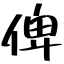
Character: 俾